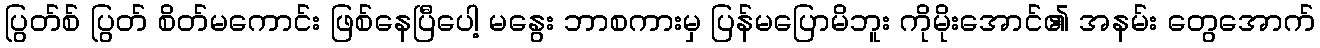
ပြွတ်စ် ပြွတ် စိတ်မကောင်း ဖြစ်နေပြီပေါ့ မနွေး ဘာစကားမှ ပြန်မပြောမိဘူး ကိုမိုးအောင်၏ အနမ်း တွေအောက်